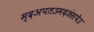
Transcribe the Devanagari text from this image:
म्दअपतउमदजंसपेउ